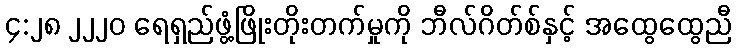
၄:၂၈ ၂၂၂၀ ရေရှည်ဖွံ့ဖြိုးတိုးတက်မှုကို ဘီလ်ဂိတ်စ်နှင့် အထွေထွေညီ